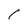
Character: 1